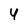
Character: 4